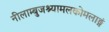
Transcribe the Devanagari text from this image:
नीलाम्बुजश्यामलकोमलाङ्गं